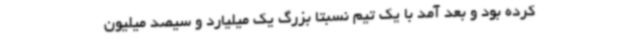
کرده بود و بعد آمد با یک تیم نسبتاً بزرگ یک میلیارد و سیصد میلیون